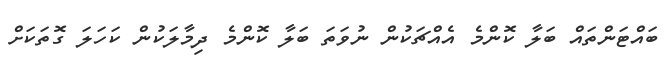
ބައްޓަންތައް ބަލާ ކޮންމެ އެއްޗަކުން ނުވަތަ ބަލާ ކޮންމެ ދިމާލަކުން ކަހަލަ ގޮތަކަށް